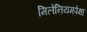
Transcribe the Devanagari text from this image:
मिलेनियमपेक्षा